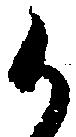
か